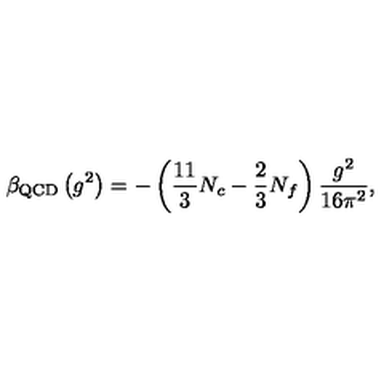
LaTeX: \beta _ { \mathrm { Q C D } } \left( g ^ { 2 } \right) = - \left( \frac { 1 1 } { 3 } N _ { c } - \frac 2 3 N _ { f } \right) \frac { g ^ { 2 } } { 1 6 \pi ^ { 2 } } ,